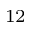
_ { 1 2 }